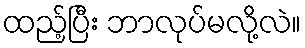
ထည့်ပြီး ဘာလုပ်မလို့လဲ။